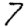
Digit: 7